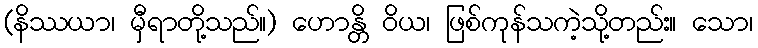
(နိဿယာ၊ မှီရာတို့သည်။) ဟောန္တိ ဝိယ၊ ဖြစ်ကုန်သကဲ့သို့တည်း။ သော၊